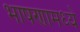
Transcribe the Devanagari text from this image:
भाषणामध्ये